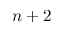
n + 2